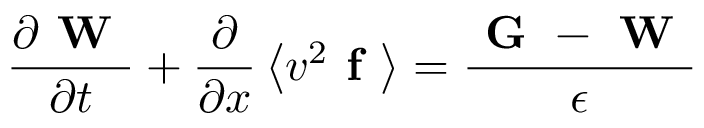
\frac { \partial \textbf { W } } { \partial t } + \frac { \partial } { \partial x } \left\langle v ^ { 2 } \textbf { f } \right\rangle = \frac { \textbf { G } - \textbf { W } } { \epsilon }